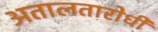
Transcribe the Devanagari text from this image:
अतालतारोधी